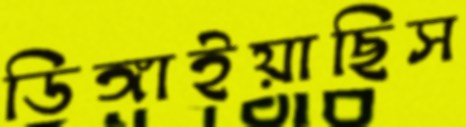
ডিঙ্গাইয়াছিস